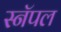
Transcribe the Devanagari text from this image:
स्नॅपल